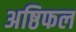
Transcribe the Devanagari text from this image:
अष्ठिफल